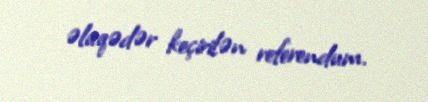
əlaqədər keçirilən referendum.